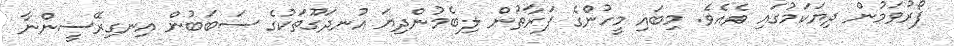
ފޯރުވަމުން ދިޔަކަމުގައި ވެއެވެ. މިބައި މީހުންގެ ފަރާތުން ލިބެމުންދިޔަ އުނދަގޫތަކުގެ ސަބަބުން އިނގިރޭސީންނާ